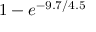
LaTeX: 1 - e ^ { - 9 . 7 / 4 . 5 }